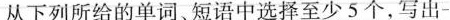
从下列所给的单词、短语中选择至少5 个,写出-